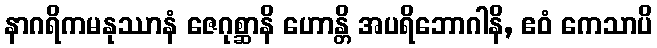
နာဂရိကမနုဿာနံ ဇေဂုစ္ဆာနိ ဟောန္တိ အပရိဘောဂါနိ, ဧဝံ ကေသာပိ